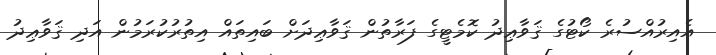
އެއިރުއްސުރެ ކޯޓުގެ ޤަވާޢިދު ކޮމެޓީގެ ފަރާތުން ޤަވާޢިދަށް ބައިތައް އިތުރުކުރަމުން އަދި ޤަވާޢިދު